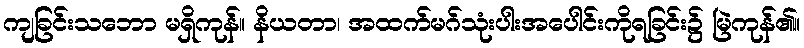
ကျခြင်းသဘော မရှိကုန်။ နိယတာ၊ အထက်မဂ်သုံးပါးအပေါင်းကိုရခြင်း၌ မြဲကုန်၏။